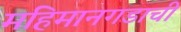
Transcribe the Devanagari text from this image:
महिमानगडाची